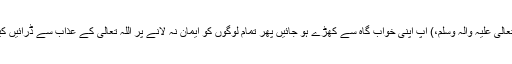
دوسرا معنی یہ ہے کہ اے چادر اوڑھنے والے (نبی صَلَّی اللّٰہُ تَعَالٰی عَلَیْہِ وَاٰلِہٖ وَسَلَّمَ،) آپ اپنی خواب گاہ سے کھڑے ہو جائیں پھر تمام لوگوں کو ایمان نہ لانے پر اللّٰہ تعالیٰ کے عذاب سے ڈرائیں کیونکہ آپ تمام لوگوں کی طرف رسول بنا کر بھیجے گئے ہیں ۔